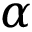
\alpha